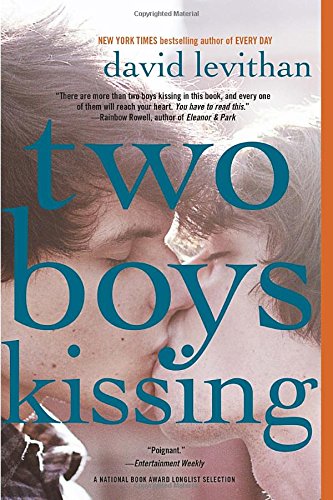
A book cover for Two Boys Kissing; David Levithan; Teen & Young Adult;